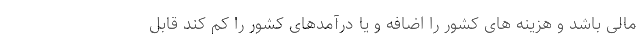
مالی باشد و هزینه های کشور را اضافه و یا درآمدهای کشور را کم کند قابل